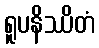
ရူပနိဿိတံ